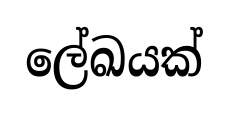
ලේඛයක්